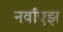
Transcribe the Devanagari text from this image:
नर्वाएझ